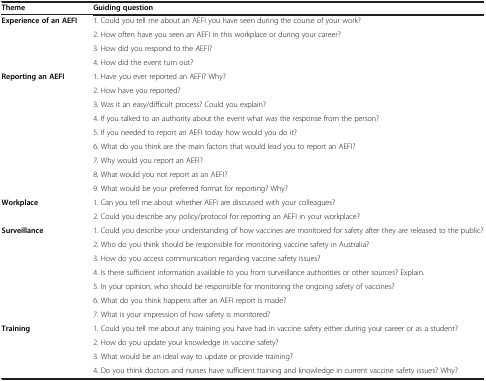
<table><thead><tr><td><b>Theme</b></td><td><b>Guiding question</b></td></tr></thead><tbody><tr><td rowspan="4"><b>Experience of an AEFI</b></td><td>1. Could you tell me about an AEFI you have seen during the course of your work?</td></tr><tr><td>2. How often have you seen an AEFI in this workplace or during your career?</td></tr><tr><td>3. How did you respond to the AEFI?</td></tr><tr><td>4. How did the event turn out?</td></tr><tr><td rowspan="9"><b>Reporting an AEFI</b></td><td>1. Have you ever reported an AEFI? Why?</td></tr><tr><td>2. How have you reported?</td></tr><tr><td>3. Was it an easy/difficult process? Could you explain?</td></tr><tr><td>4. If you talked to an authority about the event what was the response from the person?</td></tr><tr><td>5. If you needed to report an AEFI today how would you do it?</td></tr><tr><td>6. What do you think are the main factors that would lead you to report an AEFI?</td></tr><tr><td>7. Why would you report an AEFI?</td></tr><tr><td>8. What would you not report as an AEFI?</td></tr><tr><td>9. What would be your preferred format for reporting? Why?</td></tr><tr><td rowspan="2"><b>Workplace</b></td><td>1. Can you tell me about whether AEFI are discussed with your colleagues?</td></tr><tr><td>2. Could you describe any policy/protocol for reporting an AEFI in your workplace?</td></tr><tr><td rowspan="7"><b>Surveillance</b></td><td>1. Could you describe your understanding of how vaccines are monitored for safety after they are released to the public?</td></tr><tr><td>2. Who do you think should be responsible for monitoring vaccine safety in Australia?</td></tr><tr><td>3. How do you access communication regarding vaccine safety issues?</td></tr><tr><td>4. Is there sufficient information available to you from surveillance authorities or other sources? Explain.</td></tr><tr><td>5. In your opinion, who should be responsible for monitoring the ongoing safety of vaccines?</td></tr><tr><td>6. What do you think happens after an AEFI report is made?</td></tr><tr><td>7. What is your impression of how safety is monitored?</td></tr><tr><td rowspan="4"><b>Training</b></td><td>1. Could you tell me about any training you have had in vaccine safety either during your career or as a student?</td></tr><tr><td>2. How do you update your knowledge in vaccine safety?</td></tr><tr><td>3. What would be an ideal way to update or provide training?</td></tr><tr><td>4. Do you think doctors and nurses have sufficient training and knowledge in current vaccine safety issues? Why?</td></tr></tbody></table>